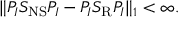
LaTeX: \| P _ { I } S _ { \mathrm { N S } } P _ { I } - P _ { I } S _ { \mathrm { R } } P _ { I } \| _ { 1 } < \infty .